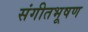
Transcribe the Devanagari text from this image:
संगीतभूषण